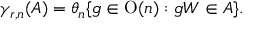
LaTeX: \gamma _ { r , n } ( A ) = \theta _ { n } \{ g \in \operatorname { O } ( n ) : g W \in A \} .